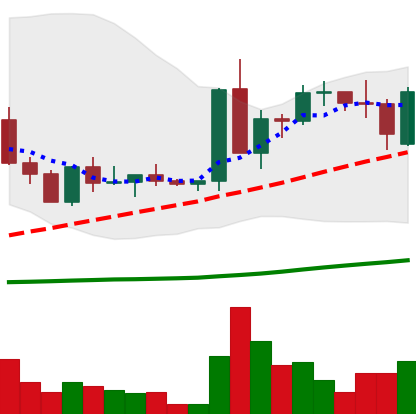
Ticker: ETC-USD
Chart end date: 2022-09-14
Forward return: -22.645%
Label: down_7plus